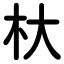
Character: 杕